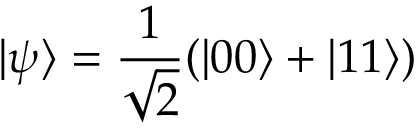
| \psi \rangle = \frac { 1 } { \sqrt { 2 } } ( | 0 0 \rangle + | 1 1 \rangle )